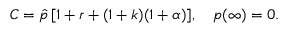
C = \hat { p } \, [ 1 + r + ( 1 + k ) ( 1 + \alpha ) ] , \quad p ( \infty ) = 0 .